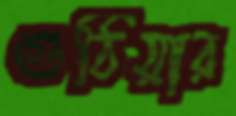
গুঠিয়ার